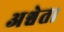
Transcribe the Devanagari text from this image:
अश्वेत।